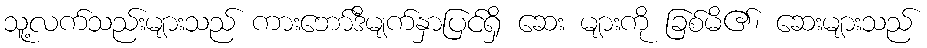
သူ့လက်သည်းများသည် ကားဘော်ဒီမျက်နှာပြင်ရှိ ဆေး များကို ခြစ်မိ၏၊ ဆေးများသည်